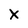
Character: X